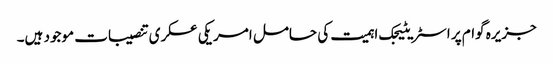
جزیرہ گوام پر اسٹریٹیجک اہمیت کی حامل امریکی عسکری تنصیبات موجود ہیں۔